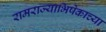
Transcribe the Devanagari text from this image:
रामराज्याभिषेकाच्या